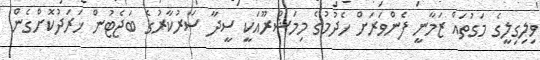
ވިލިގިލީގެ މަގުތައް ޒަމާނީ ފެންވަރަށް ހެދުމުގެ މިމަޝްރޫއަކީ ސީދާ ސަރުކާރުގެ ބަޖެޓުން ޚަރަދުކޮށްގެން